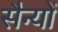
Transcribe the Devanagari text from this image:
सैन्यों